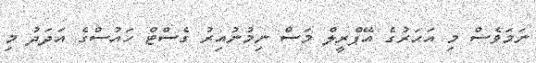
ނަމަވެސް މި އަހަރުގެ އޭޕްރީލް މަސް ނިމުނުއިރު ގެސްޓް ހައުސްގެ އަދަދު މި